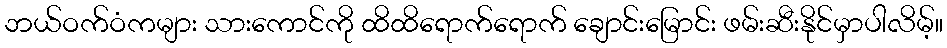
ဘယ်ဝက်ဝံကများ သားကောင်ကို ထိထိရောက်ရောက် ချောင်းမြောင်း ဖမ်းဆီးနိုင်မှာပါလိမ့်။